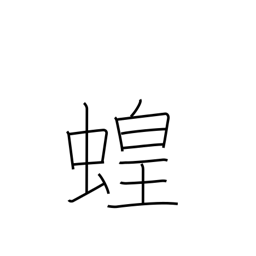
Meaning: locust